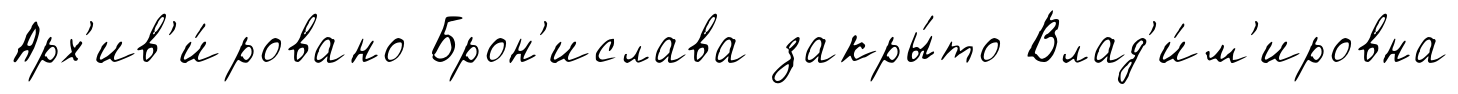
Арх'ив'и́ровано Брон'ислава закры́то Влад'и́м'ировна